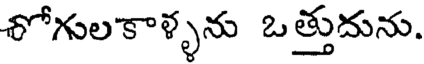
శోగులకాళ్ళను ఒత్తుదును.